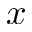
x